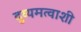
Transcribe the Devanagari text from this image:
दुय्यमत्वाशी